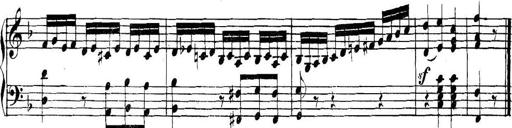
Title: Collected Piano Sonatas
Composer: Muzio Clementi